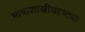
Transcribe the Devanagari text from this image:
भाषाशास्त्रीयदृष्ट्या